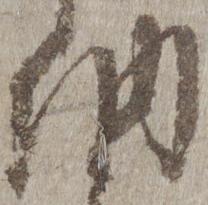
納